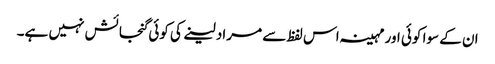
ان کے سوا کوئی اور مہینہ اس لفظ سے مراد لینے کی کوئی گنجائش نہیں ہے۔